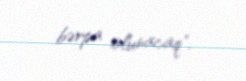
bərpa olunacaq".